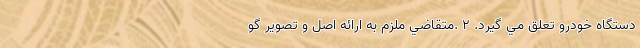
دستگاه خودرو تعلق مي گيرد. 2 .متقاضي ملزم به ارائه اصل و تصوير گو